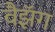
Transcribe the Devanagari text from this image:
वैझॅग